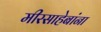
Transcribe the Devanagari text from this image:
मीरसाहेबांना